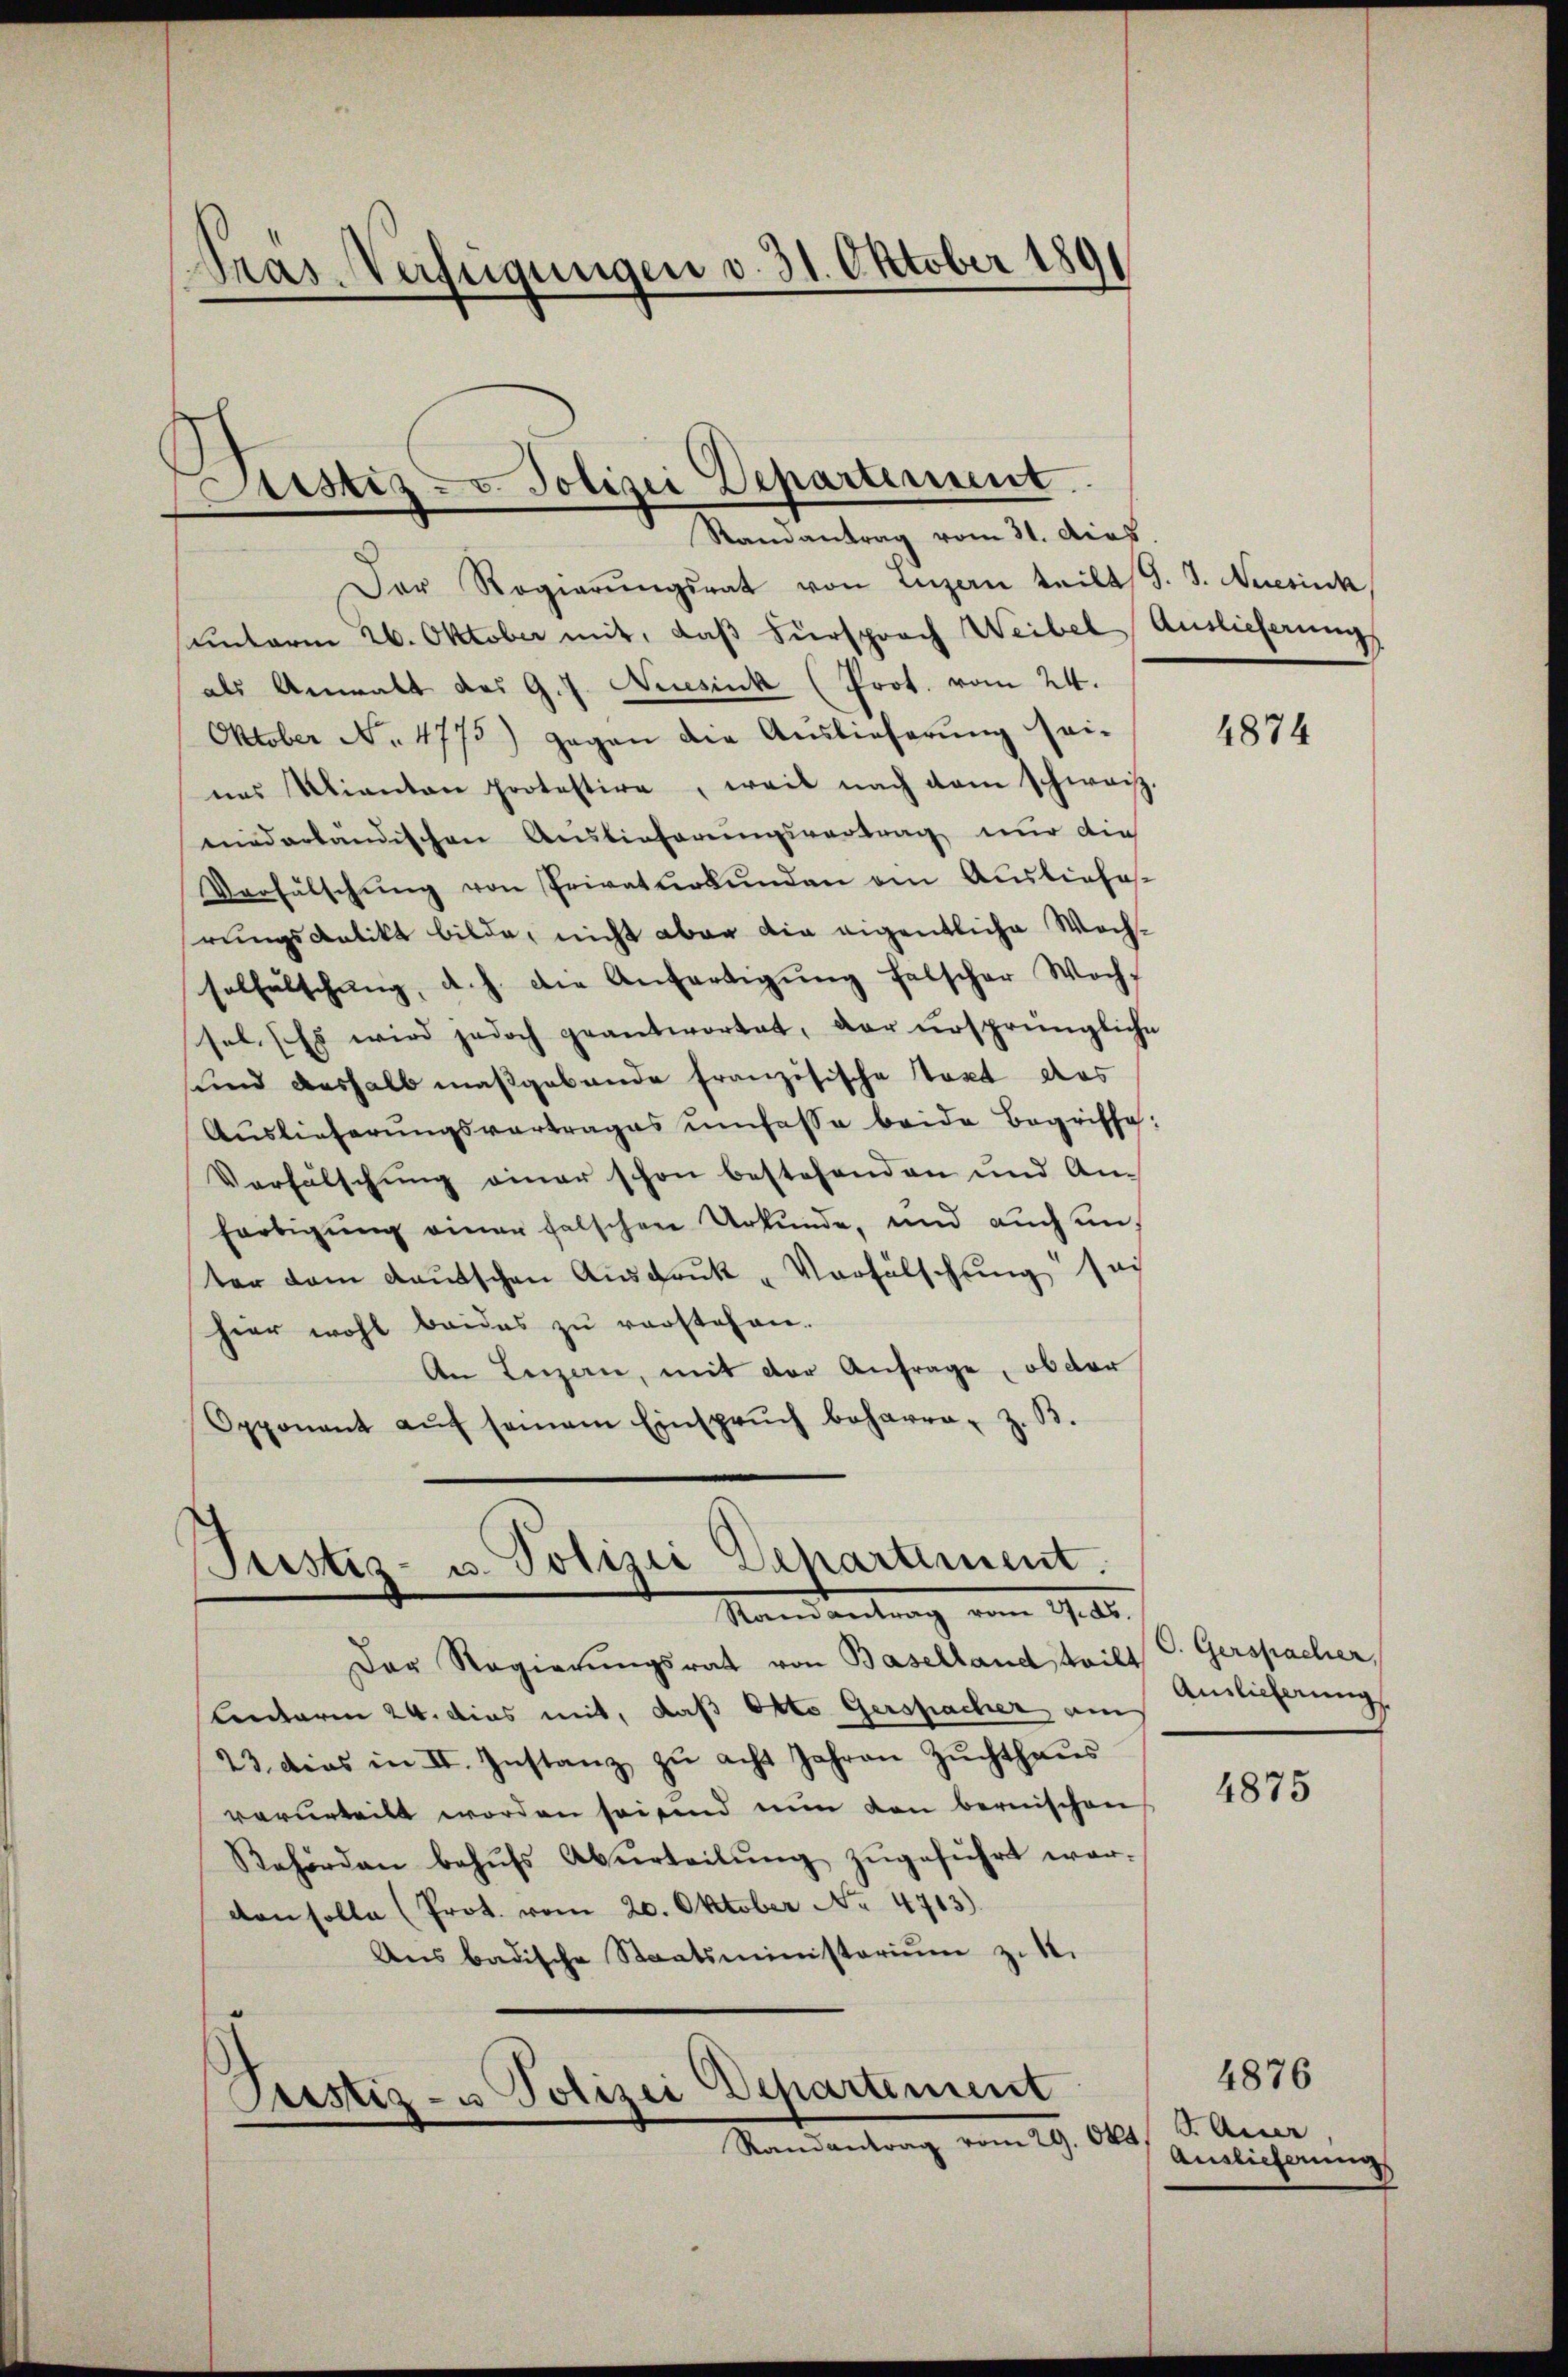
Pras Verfügungen d. 31. Oktober 189
.

Justiz- & Polizei Departement.
Randantrag vom 31. dies

Der Regierŭngsrat von Luzern teilt d. J. Neesisch
unterm 26. Oktober mit, daβ Fürsprach Weibel Auslieferung
als Anwalt des G. J. Niesink (Prot. vom 24.
Oktober No. 4775) gegen die Auslieferung sei-
nes Ulianton protestire, weil nach dem schweiz.
niederbändischen Auslieferungsvertrag nur die
Vorfälschŭng von Privaturkunden am Ausliefe
rungskalikt bilde, nicht aber die eigentliche Wochsolhalschung, d.h. die Anfertigŭng falscher Woch-
sel. (Es wird jedoch geantwortet, der ursprüngliche
und deshalb maßgebäude französische Takt das
Auslieferŭngsvertrages umfasse beide Begriffe
Verfälschung einer schon bestehenden und An-
Fortigung einer falschen Urkunde, und auch anter dem Kautschen Ausdruck „Vorfälschung sach
hier wohl beides zu verstehen.
An Luzern, mit der Anfrage, ob der
Opponant aŭf seinem Einsprŭch beharre z. B.
Justiz- u. Polizei Departiment.
Randantrag vom 27. ds.
Der Regierŭngsrat von Baselland, teilt C. Gerspacher,
Centoren 24. dies mit, daß Otto Gerspacher am
23. dies in II. Instanz zŭ acht Jahren Zŭchthaŭs
verurteilt worden sei sind nun den bernischen
Behörden behŭfs Abŭrteilŭng zŭgeführt war.
von solle (Prot. vom 20. Oktober No 4713).
Ans badische Staatsministerium zu 1.
.
Peistig- u Polizei Departement
Randantrag vom 29. Okt.

4874

Anslicherung.

4875

4876
I. Aner
Auslieferung